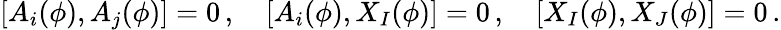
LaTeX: [A_{i}(\phi),A_{j}(\phi)]=0\, ,\quad[A_{i}(\phi),X_{I}(\phi)]=0\, ,\quad[X_{I}(\phi),X_{J}(\phi)]=0\, .